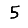
Digit: 5